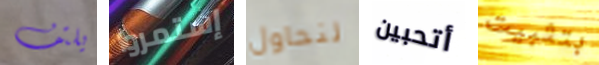
يلتف إستمروا لنحاول أتحبين بتثبيت